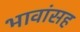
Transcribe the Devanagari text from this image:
भावांसह